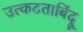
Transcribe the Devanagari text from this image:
उत्कटताबिंदू